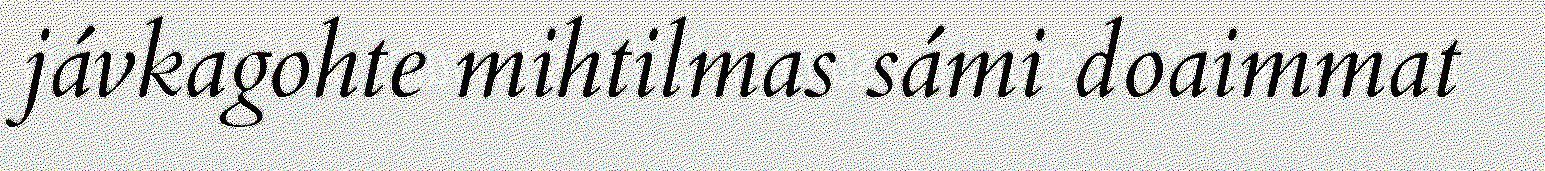
jávkagohte mihtilmas sámi doaimmat